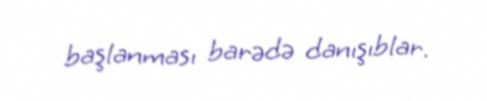
başlanması barədə danışıblar.